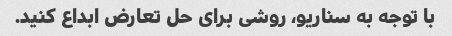
با توجه به سناریو، روشی برای حل تعارض ابداع کنید.